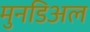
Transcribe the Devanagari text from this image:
मुनडिअल